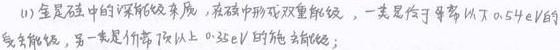
(1) 金是硅中的深能级杂质，在硅中形成双重能级，一类是位于导带以下$0.54\mathrm{eV}$的受主能级，另一类是价带顶以上$0.35\mathrm{eV}$的施主能级；